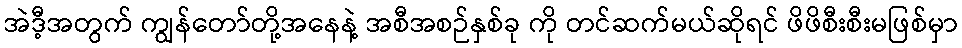
အဲဒီ့အတွက် ကျွန်တော်တို့အနေနဲ့ အစီအစဉ်နှစ်ခု ကို တင်ဆက်မယ်ဆိုရင် ဖိဖိစီးစီးမဖြစ်မှာ